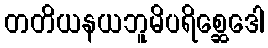
တတိယနယဘူမိပရိစ္ဆေဒေါ